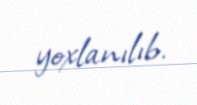
yoxlanılıb.